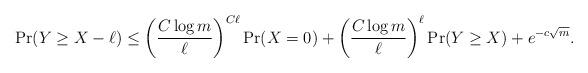
LaTeX: \begin{align*} \Pr(Y \ge X - \ell) \le \left(\frac{C \log m}{\ell}\right)^{C\ell} \Pr(X = 0) + \left(\frac{C \log m}{\ell}\right)^{\ell} \Pr(Y \ge X) + e^{-c\sqrt m}. \end{align*}